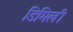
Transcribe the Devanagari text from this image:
डिमिली